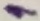
Text: 1